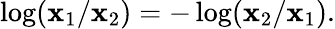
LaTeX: \log(\mathbf{x}_{1}/\mathbf{x}_{2})=-\log(\mathbf{x}_{2}/\mathbf{x}_{1}).